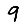
Digit: 9